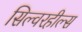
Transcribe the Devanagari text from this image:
सिल्वरहील्स